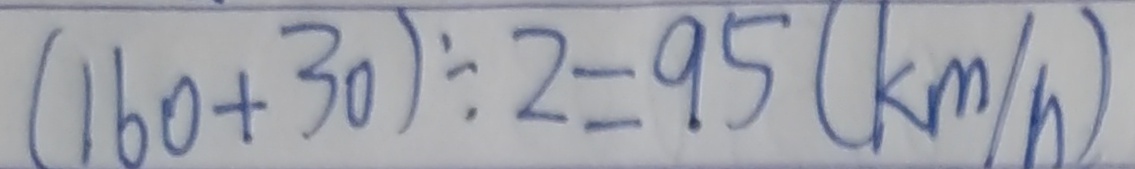
( 1 6 0 + 3 0 ) \div 2 = 9 5 ( k m / h )